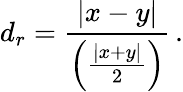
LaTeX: d_{r}={\frac{|x-y|}{\left({\frac{|x+y|}{2}}\right)}}\, .